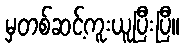
မှတစ်ဆင့်ကူးယူပြီးပြီ။